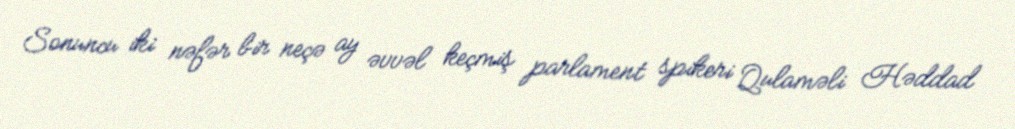
Sonuncu iki nəfər bir neçə ay əvvəl keçmiş parlament spikeri Qulaməli Həddad